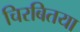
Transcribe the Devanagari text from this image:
चिरबितया